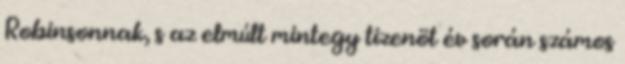
Robinsonnak, s az elmúlt mintegy tizenöt év során számos